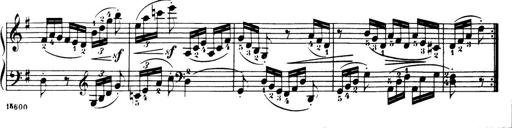
Title: 32 Sonatinas and Rondos for the Piano
Composer: Richard Kleinmichel